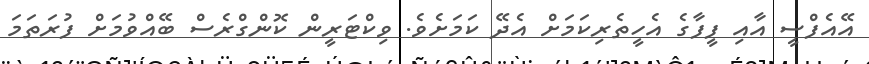
އޭއެފްސީ އާއި ފީފާގެ އެހީތެރިކަމަށް އެދޭ ކަމަށެވެ. ވިކްޓަރީން ކޮންގްރެސް ބޭއްވުމަށް ފުރަތަމަ